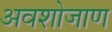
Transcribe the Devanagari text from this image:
अवशोजाण